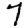
Digit: 7